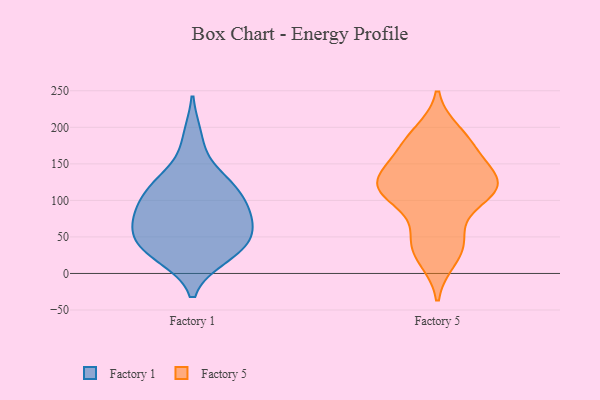
{"axis": {"x": "Website Visitors", "y": "Value"}, "legend": ["Factory 1", "Factory 5"], "data": [{"x": "", "y": 42, "type": "Factory 1"}, {"x": "", "y": 186, "type": "Factory 1"}, {"x": "", "y": 106, "type": "Factory 1"}, {"x": "", "y": 82, "type": "Factory 1"}, {"x": "", "y": 52, "type": "Factory 1"}, {"x": "", "y": 123, "type": "Factory 1"}, {"x": "", "y": 119, "type": "Factory 1"}, {"x": "", "y": 85, "type": "Factory 1"}, {"x": "", "y": 53, "type": "Factory 1"}, {"x": "", "y": 28, "type": "Factory 1"}, {"x": "", "y": 24, "type": "Factory 1"}, {"x": "", "y": 32, "type": "Factory 1"}, {"x": "", "y": 84, "type": "Factory 1"}, {"x": "", "y": 70, "type": "Factory 1"}, {"x": "", "y": 130, "type": "Factory 1"}, {"x": "", "y": 115, "type": "Factory 5"}, {"x": "", "y": 139, "type": "Factory 5"}, {"x": "", "y": 192, "type": "Factory 5"}, {"x": "", "y": 174, "type": "Factory 5"}, {"x": "", "y": 20, "type": "Factory 5"}, {"x": "", "y": 135, "type": "Factory 5"}, {"x": "", "y": 44, "type": "Factory 5"}, {"x": "", "y": 125, "type": "Factory 5"}, {"x": "", "y": 46, "type": "Factory 5"}, {"x": "", "y": 113, "type": "Factory 5"}, {"x": "", "y": 176, "type": "Factory 5"}, {"x": "", "y": 113, "type": "Factory 5"}, {"x": "", "y": 101, "type": "Factory 5"}]}